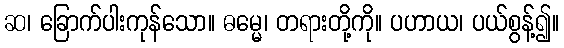
ဆ၊ ခြောက်ပါးကုန်သော။ ဓမ္မေ၊ တရားတို့ကို။ ပဟာယ၊ ပယ်စွန့်၍။